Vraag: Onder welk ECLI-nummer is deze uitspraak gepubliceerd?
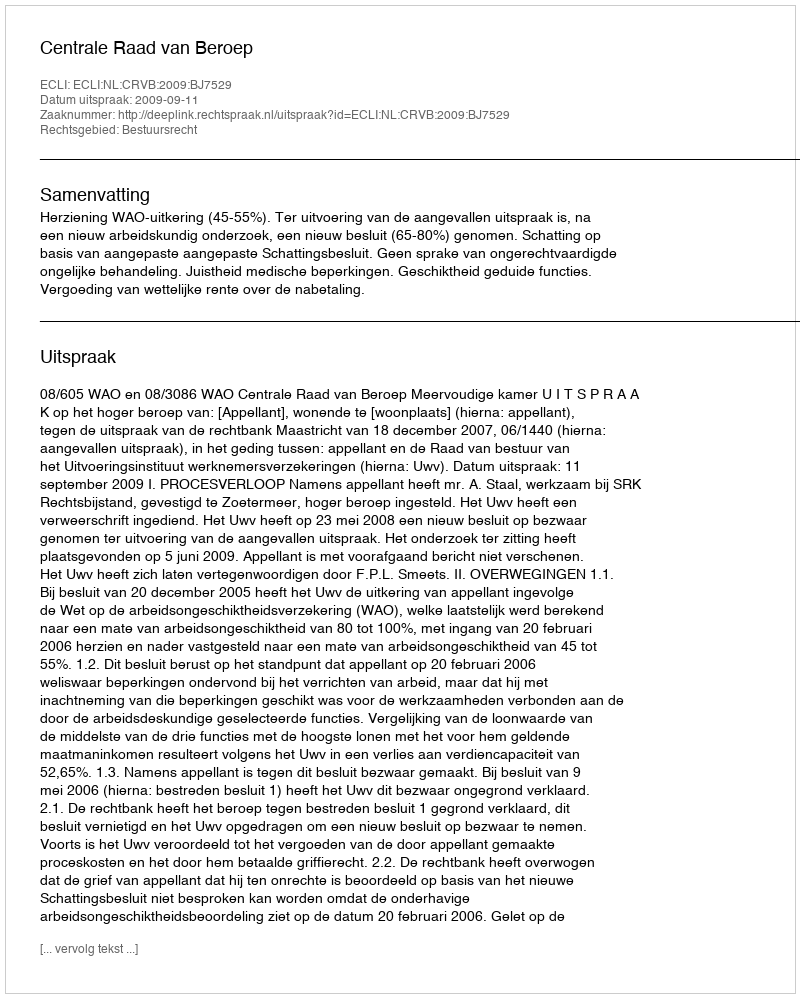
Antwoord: ECLI:NL:CRVB:2009:BJ7529